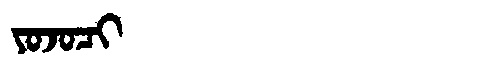
Manchu: ᠶᠣᠵᠣᠴᡳ
Romanization: YOJOCI